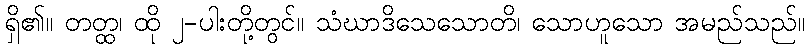
ရှိ၏။ တတ္ထ၊ ထို ၂-ပါးတို့တွင်။ သံဃာဒိသေသောတိ၊ သောဟူသော အမည်သည်။